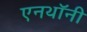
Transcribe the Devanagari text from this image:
एनथॉनी